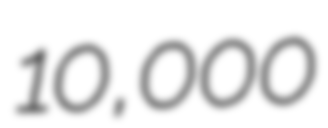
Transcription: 10,000